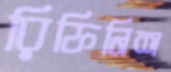
রিফিনিশ